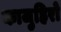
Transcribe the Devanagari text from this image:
काजुहिरो